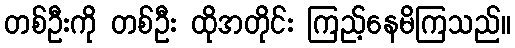
တစ်ဦးကို တစ်ဦး ထိုအတိုင်း ကြည့်နေမိကြသည်။